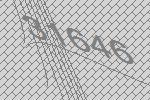
31646